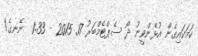
ކަަމަކައިގެން އުޅެންވީނު ދޯ ސެޕްޓެމްބަރު 17